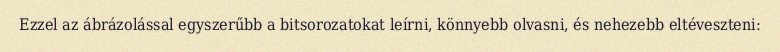
Ezzel az ábrázolással egyszerűbb a bitsorozatokat leírni, könnyebb olvasni, és nehezebb eltéveszteni: